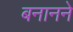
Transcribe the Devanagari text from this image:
बनानने